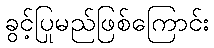
ခွင့်ပြုမည်ဖြစ်ကြောင်း